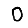
Digit: 0